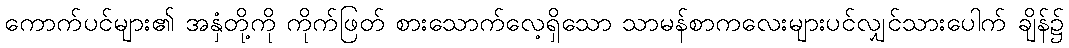
ကောက်ပင်များ၏ အနှံတို့ကို ကိုက်ဖြတ် စားသောက်လေ့ရှိသော သာမန်စာကလေးများပင်လျှင်သားပေါက် ချိန်၌